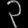
Digit: ၃